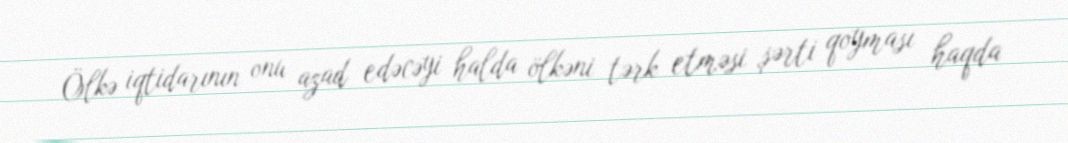
Ölkə iqtidarının onu azad edəcəyi halda ölkəni tərk etməsi şərti qoyması haqda